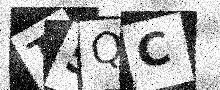
Text: T5QC